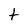
Character: t